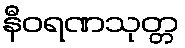
နီဝရဏသုတ္တ